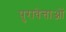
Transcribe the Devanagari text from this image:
पुरावेत्ताओं